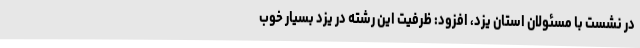
در نشست با مسئولان استان یزد، افزود: ظرفیت این رشته در یزد بسیار خوب